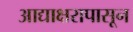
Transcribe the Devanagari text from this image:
आद्याक्षरापासून